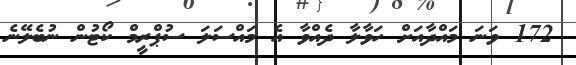
172 ވަނަ މައްދާއަށް ހަވާލާ ދެއްވާ އެ މައްސަލަ ސުޕްރީމް ކޯޓުން ނުބެލޭނެ